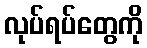
လုပ်ရပ်တွေကို